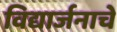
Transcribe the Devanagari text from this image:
विद्यार्जनाचे